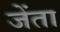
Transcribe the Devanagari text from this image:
जेंता